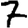
Digit: 7